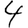
Digit: 4